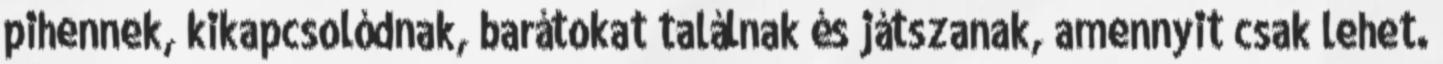
pihennek, kikapcsolódnak, barátokat találnak és játszanak, amennyit csak lehet.